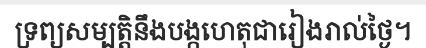
ទ្រព្យសម្បត្តិនឹងបង្កហេតុជារៀងរាល់ថ្ងៃ។